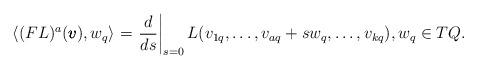
LaTeX: \begin{align*}\langle(FL)^a(\pmb{v}),w_q\rangle = \left.\frac{d}{ds}\right|_{s=0}L(v_{1q},\dots,v_{aq}+sw_q,\dots,v_{kq}),w_q\in TQ.\end{align*}